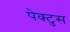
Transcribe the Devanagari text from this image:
पेक्टुस